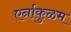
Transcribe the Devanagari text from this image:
एर्नाकुळम